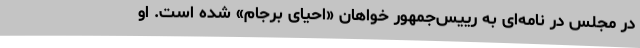
در مجلس در نامه‌ای به رییس‌جمهور خواهان «احیای برجام» شده است. او